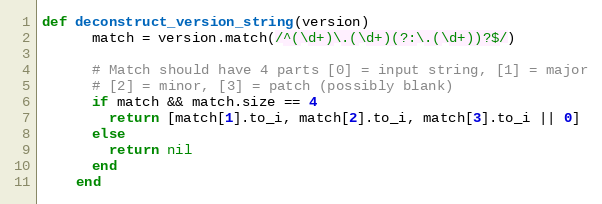
Language: Ruby
def deconstruct_version_string(version)
      match = version.match(/^(\d+)\.(\d+)(?:\.(\d+))?$/)

      # Match should have 4 parts [0] = input string, [1] = major
      # [2] = minor, [3] = patch (possibly blank)
      if match && match.size == 4
        return [match[1].to_i, match[2].to_i, match[3].to_i || 0]
      else
        return nil
      end
    end